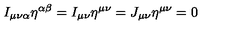
I _ { \mu \nu \alpha } \eta ^ { \alpha \beta } = I _ { \mu \nu } \eta ^ { \mu \nu } = J _ { \mu \nu } \eta ^ { \mu \nu } = 0